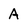
Character: A